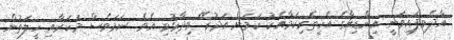
އާދެވިފައިވަނީ އިންޑިއާގެ އެހީތެރިކަމާއެކު ކަމަށް އަދުރޭ ވިދާޅުވި އެވެ. ނަމަވެސް މަކަރާއި ހީލަތުން